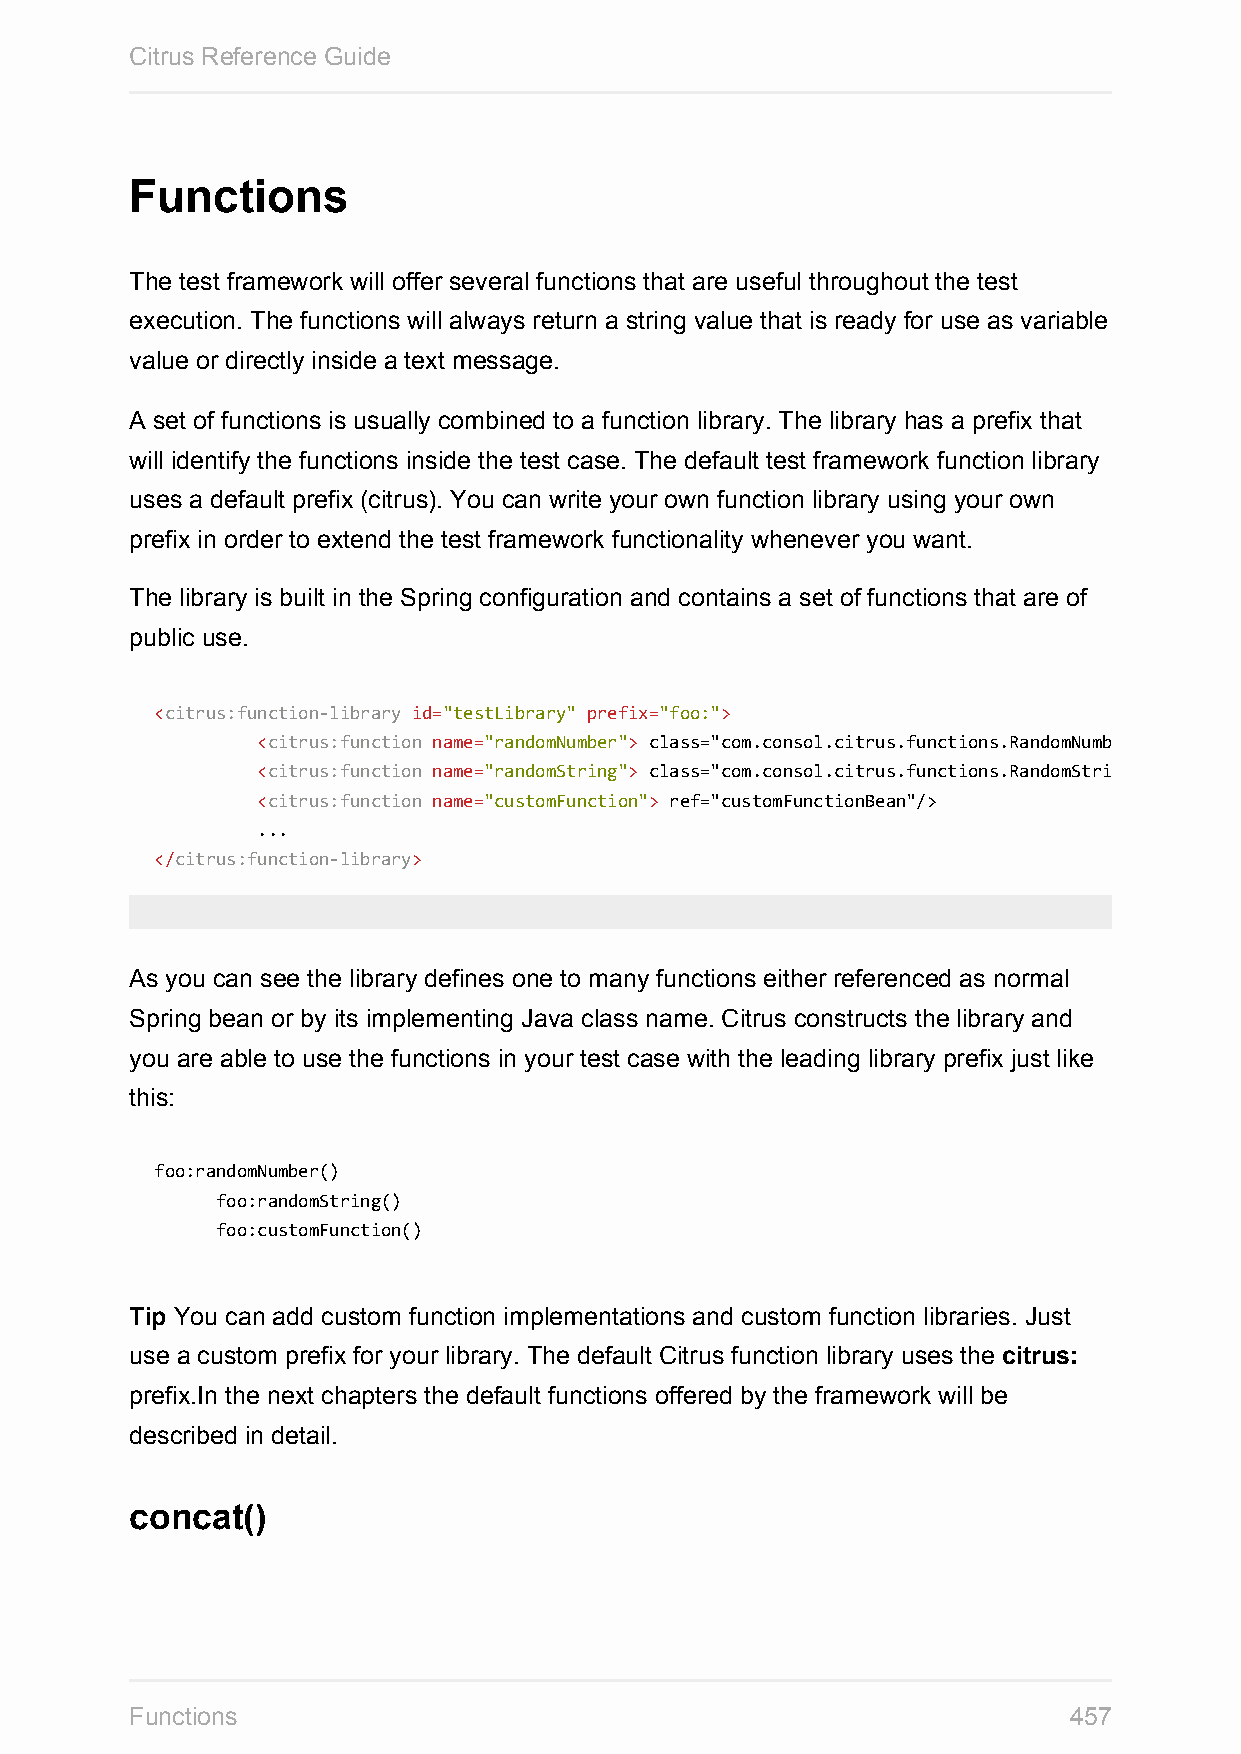
Citrus Reference Guide
 Functions
 The test framework will offer several functions that are useful throughout the test
 execution. The functions will always return a string value that is ready for use as variable
 value or directly inside a text message.
 A set of functions is usually combined to a function library. The library has a prefix that
 will identify the functions inside the test case. The default test framework function library
 uses a default prefix (citrus). You can write your own function library using your own
 prefix in order to extend the test framework functionality whenever you want.
 The library is built in the Spring configuration and contains a set of functions that are of
 public use.
 <citrus:function-library id="testLibrary" prefix="foo:">
 <citrus:function name="randomNumber"> class="com.consol.citrus.functions.RandomNumberFunction"/>
 <citrus:function name="randomString"> class="com.consol.citrus.functions.RandomStringFunction"/>
 <citrus:function name="customFunction"> ref="customFunctionBean"/>
 ...
 </citrus:function-library>
 As you can see the library defines one to many functions either referenced as normal
 Spring bean or by its implementing Java class name. Citrus constructs the library and
 you are able to use the functions in your test case with the leading library prefix just like
 this:
 foo:randomNumber()
 foo:randomString()
 foo:customFunction()
 Tip You can add custom function implementations and custom function libraries. Just
 use a custom prefix for your library. The default Citrus function library uses the citrus:
 prefix.In the next chapters the default functions offered by the framework will be
 described in detail.
 concat()
 Functions                                                     457